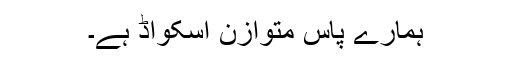
ہمارے پاس متوازن اسکواڈ ہے۔